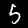
Digit: 5